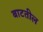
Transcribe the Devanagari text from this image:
बाटतील